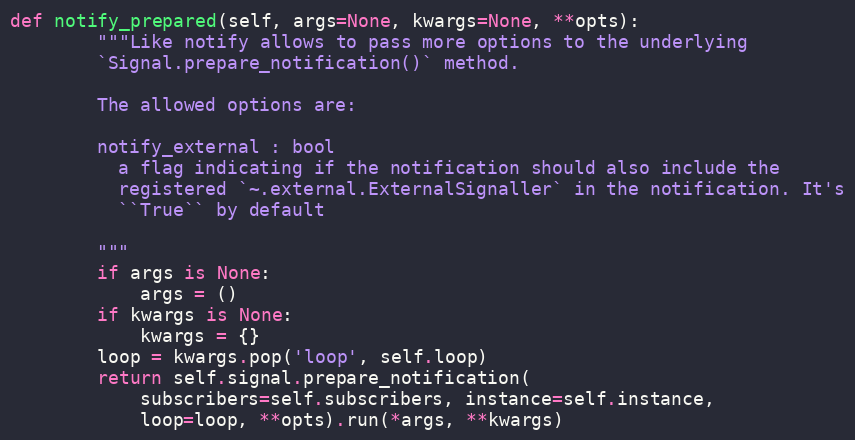
Language: Python
def notify_prepared(self, args=None, kwargs=None, **opts):
        """Like notify allows to pass more options to the underlying
        `Signal.prepare_notification()` method.

        The allowed options are:

        notify_external : bool
          a flag indicating if the notification should also include the
          registered `~.external.ExternalSignaller` in the notification. It's
          ``True`` by default

        """
        if args is None:
            args = ()
        if kwargs is None:
            kwargs = {}
        loop = kwargs.pop('loop', self.loop)
        return self.signal.prepare_notification(
            subscribers=self.subscribers, instance=self.instance,
            loop=loop, **opts).run(*args, **kwargs)